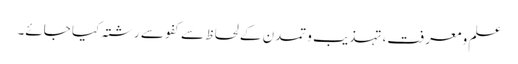
علم و معرفت، تہذیب و تمدن کے لحاظ سے کفو سے رشتہ کیا جائے۔